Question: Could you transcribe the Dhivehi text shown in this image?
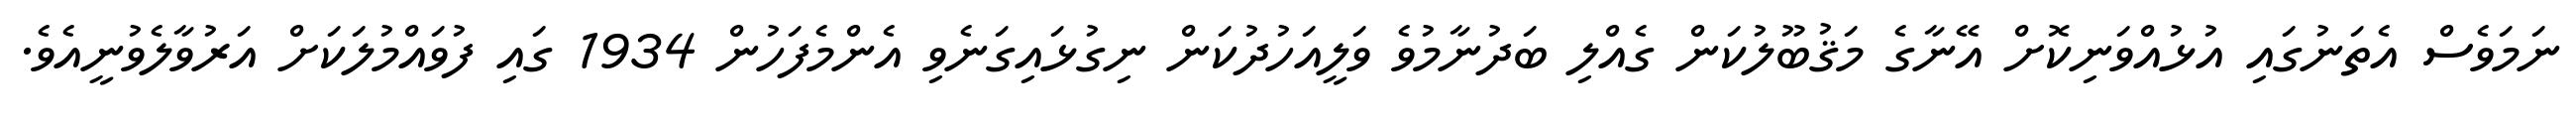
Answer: ނަމަވެސް އެތަނުގައި އުޅުއްވަނިކޮށް އޭނާގެ މަޤުބޫލުކަން ގެއްލި ބަދުނާމުވެ ވަލީއަހުދުކަން ނިގުޅައިގަނެވި އެންމެފަހުން 1934 ގައި ފުވައްމުލަކަށް އަރުވާލެވުނީއެވެ.